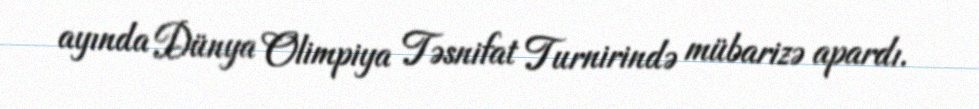
ayında Dünya Olimpiya Təsnifat Turnirində mübarizə apardı.